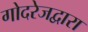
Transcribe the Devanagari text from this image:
गोदरेजद्वारा